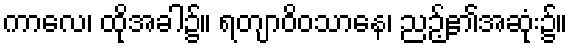
ကာလေ၊ ထိုအခါ၌။ ရတျာဝိဝသာနေ၊ ညဉ့်၏အဆုံး၌။